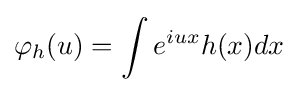
\varphi _{h}(u)=\int e^{iux}h(x)dx